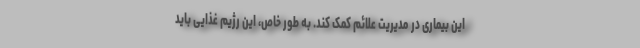
این بیماری در مدیریت علائم کمک کند. به طور خاص، این رژیم غذایی باید